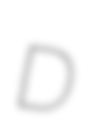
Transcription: D